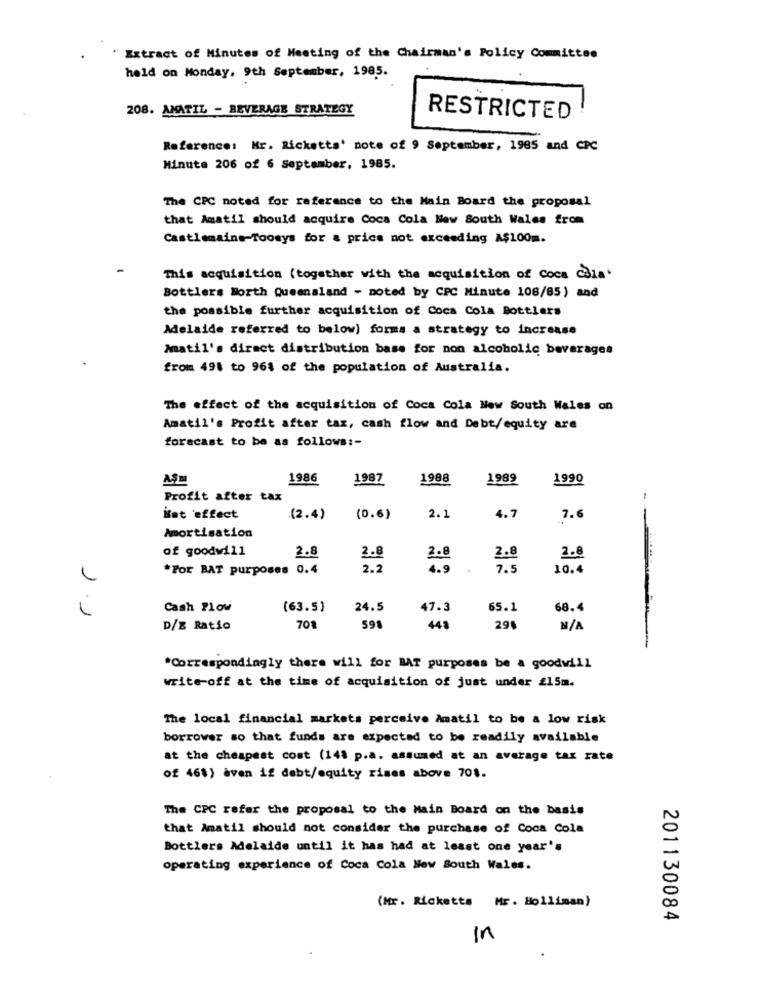
Extract of Minutes of Meeting of the Chairman's Policy Committee
held on Monday, 9th September, 1985.
208. AMATIL - BEVERAGE STRATEGY
RESTRICTED
Reference: Mr. Ricketts' note of 9 September, 1985 and CPC
Minute 206 of 6 September, 1985.
The CPC noted for reference to the Main Board the proposal
that Amatil should acquire Coca Cola New South Wales from
Castlemaine-Toosys for & price not exceeding A$100m.
This acquisition (together with the acquisition of Coca Cola'
Bottlers Worth Queenaland - noted by CPC Minute 108/85 ) and
the possible further acquisition of Coca Cola Bottlers
Adelaide referred to below) forma a strategy to increase
Amatil's direct distribution base for non alcoholic beverages
from 498 to 961 of the population of Australia.
The effect of the acquisition of Coca Cola New South Wales on
Amatil's Profit after tax, cash flow and Debt/equity are
forecast to be as follows :-
A.S
1986
1987
1988
1989
1990
Profit after tax
2.1
Hat 'effect
(2.4)
(0.6)
4.7
7.6
--
Amortisation
of goodwill
2.8
2.8
2.8
2.8
2.8
*For BAT purposes 0.4
2.2
4.9
7.5
10.4
Cash Flow
(63.5)
24.5
47.3
65.1
68.4
D/E Ratio
70%
591
44
291
*Correspondingly there will for BAT purposes be a goodwill
write-off at the time of acquisition of just under £15m.
The local financial markets perceive Amatil to be a low risk
borrower so that funds are expected to be readily available
at the cheapest cost (148 p.a. assumed at an average tax rate
of 46%) aven if debt/equity rises above 701.
The CPC refer the proposal to the Main Board on the basis
that Amatil should not consider the purchase of Coca Cola
Bottlers Adelaide until it has had at least one year's
operating experience of Coca Cola New South Wales.
(Mr. Ricketts Mr. Holliman)
201130084
in